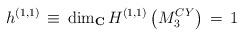
LaTeX: \begin{align*}h^{(1,1)} \, \equiv \, {\rm dim}_{\bf C} \, H^{(1,1)}\left (M^{CY}_3 \right ) \, = \, 1\end{align*}